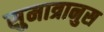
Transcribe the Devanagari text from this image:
सुमात्रानुस